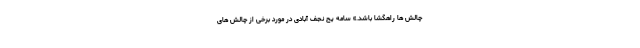
چالش ها راهگشا باشد.» سامه یح نجف آبادی در مورد برخی از چالش های